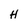
Character: H